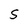
Character: s